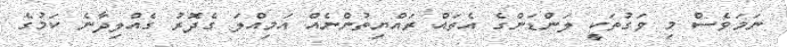
ނަމަވެސް މި ވަގުތަކީ ލަންޑަންގެ އެތައް ރައްޔިތުންނެއް އަމިއްލަ ގެދޮރު ގެއްލިދާނެ ކަމުގެ